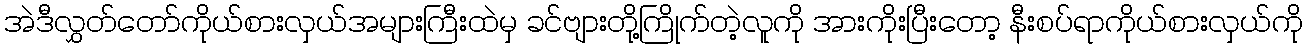
အဲဒီလွှတ်တော်ကိုယ်စားလှယ်အများကြီးထဲမှ ခင်ဗျားတို့ကြိုက်တဲ့လူကို အားကိုးပြီးတော့ နီးစပ်ရာကိုယ်စားလှယ်ကို